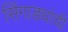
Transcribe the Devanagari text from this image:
सिंगाड्यांची